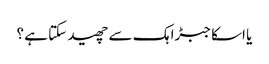
یا اسکا جبڑا ہک سے چھید سکتا ہے ؟